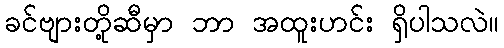
ခင်ဗျားတို့ဆီမှာ ဘာ အထူးဟင်း ရှိပါသလဲ။